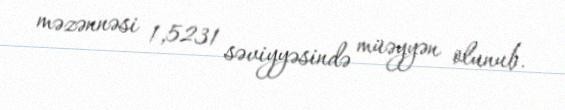
məzənnəsi 1,5231 səviyyəsində müəyyən olunub.